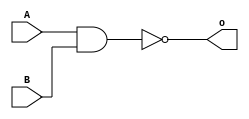
module NandGate(A, B, o);

input wire A, B;
output wire o;

assign o = ~ (A & B);

endmodule